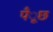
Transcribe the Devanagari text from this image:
पँूछ